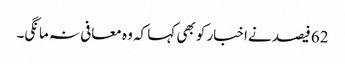
62 فیصد نےاخبار کو بھی کہا کہ وہ معافی نہ مانگی۔